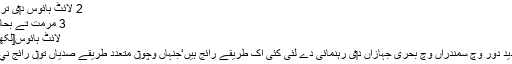
2 لائٹ ہائوس د‏‏ی تریخ
3 مرمت تے بحالی
لائٹ ہائوس[لکھو]
جدید دور وچ سمندراں وچ بحری جہازاں د‏‏ی رہنمائی دے لئی کئی اک طریقے رائج ہیں‘جنہاں وچو‏ں متعدد طریقے صدیاں تو‏ں رائج ني‏‏‏‏ں۔